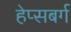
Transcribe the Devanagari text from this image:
हेप्सबर्ग